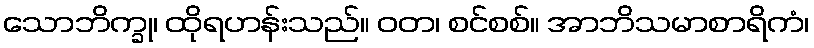
သောဘိက္ခု၊ ထိုရဟန်းသည်။ ဝတ၊ စင်စစ်။ အာဘိသမာစာရိကံ၊